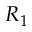
R _ { 1 }